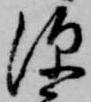
深